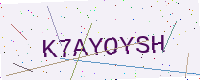
Text: K7AYOYSH